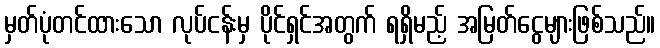
မှတ်ပုံတင်ထားသော လုပ်ငန်းမှ ပိုင်ရှင်အတွက် ရရှိမည့် အမြတ်ငွေများဖြစ်သည်။